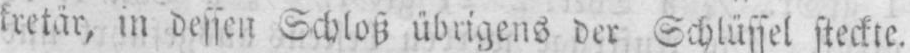
in dessen Schloß übrigens der Schlüssel steckte.